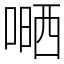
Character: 嗮